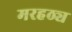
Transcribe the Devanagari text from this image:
मरहठ्य